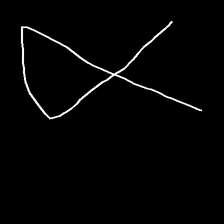
Glyph: collection